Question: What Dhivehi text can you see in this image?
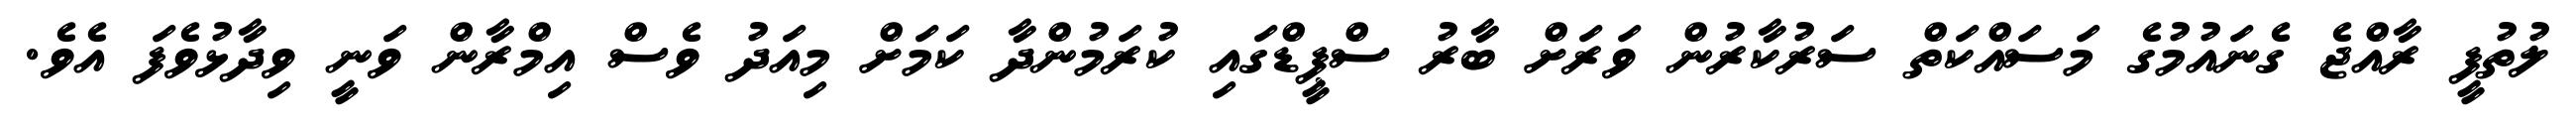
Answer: ލުތުފީ ރާއްޖެ ގެނައުމުގެ މަސައްކަތް ސަރުކާރުން ވަރަށް ބާރު ސްޕީޑްގައި ކުރަމުންދާ ކަމަށް މިއަދު ވެސް އިމްރާން ވަނީ ވިދާޅުވެފަ އެވެ.